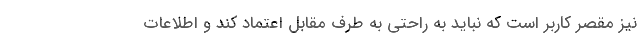
نیز مقصر کاربر است که نباید به راحتی به طرف مقابل اعتماد کند و اطلاعات